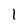
Character: I